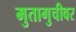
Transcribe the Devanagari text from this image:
मुतागुचीवर